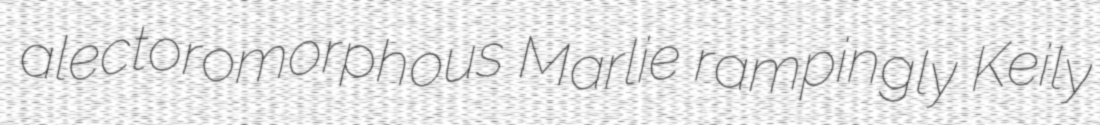
alectoromorphous Marlie rampingly Keily